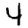
Digit: 4